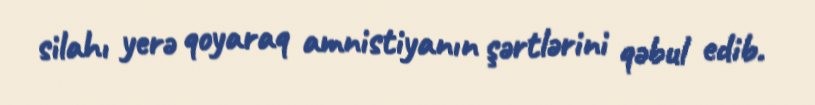
silahı yerə qoyaraq amnistiyanın şərtlərini qəbul edib.